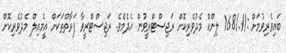
ބައިވެރިވުމަށް ://./168 ލިންކް މެދުވެރިކޮށް ރަޖިސްޓްރީވުން އެދެމެވެ. ރަޖިސްޓްރީވާ ފަރާތްތަކަށް އީމެއިލް މެދުވެރިކޮށް